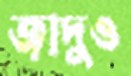
জাদুও